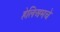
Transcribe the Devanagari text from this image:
हेलिअमचे